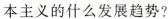
本主义的什么发展趋势?